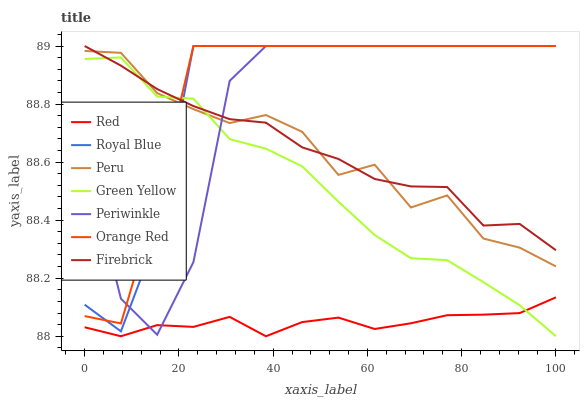
| xaxis_label | Red | Royal Blue | Peru | Green Yellow | Periwinkle | Orange Red | Firebrick |
 | --- | --- | --- | --- | --- | --- | --- | --- |
 | 0 | 88 | 88.1 | 89 | 89 | 88.6 | 88.1 | 89 |
 | 7.69 | 88 | 88 | 89 | 89 | 88.1 | 88 | 88.9 |
 | 15.4 | 88 | 88.3 | 88.8 | 88.8 | 88 | 88.5 | 88.9 |
 | 23.1 | 88 | 89 | 88.8 | 88.8 | 88.3 | 89 | 88.8 |
 | 30.8 | 88.1 | 89 | 88.7 | 88.7 | 88.9 | 89 | 88.7 |
 | 38.5 | 88 | 89 | 88.8 | 88.6 | 89 | 89 | 88.7 |
 | 46.2 | 88 | 89 | 88.7 | 88.6 | 89 | 89 | 88.7 |
 | 53.8 | 88.1 | 89 | 88.6 | 88.5 | 89 | 89 | 88.6 |
 | 61.5 | 88 | 89 | 88.6 | 88.3 | 89 | 89 | 88.5 |
 | 69.2 | 88 | 89 | 88.4 | 88.3 | 89 | 89 | 88.5 |
 | 76.9 | 88.1 | 89 | 88.5 | 88.3 | 89 | 89 | 88.5 |
 | 84.6 | 88.1 | 89 | 88.3 | 88.2 | 89 | 89 | 88.4 |
 | 92.3 | 88.1 | 89 | 88.3 | 88.1 | 89 | 89 | 88.4 |
 | 100 | 88.1 | 89 | 88.2 | 88 | 89 | 89 | 88.3 |